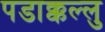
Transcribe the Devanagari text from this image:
पडाक्कल्लु